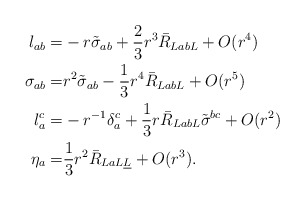
\begin{align*} l_{ab}= & - r \tilde \sigma_{ab} +\frac{2}{3}r^3 \bar R_{La b L}+ O(r^4) \\ \sigma_{ab} =& r^2\tilde\sigma_{ab} - \frac{1}{3} r^4\bar R_{La b L} + O(r^5)\\l_a^c= &-r^{-1} \delta_a^c+\frac{1}{3} r \bar R_{La b L}\tilde{\sigma}^{bc}+ O(r^2)\\ \eta_a = &\frac{1}{3}r^2 \bar R_{La L\underline L}+O(r^3).\end{align*}